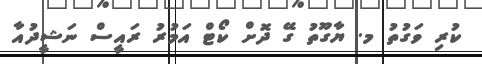
ކުރި ވަގުތު މ. ޔާގޫތު ގޭ ދޮށް ކޯޓް އަމުރު ރައީސް ނަޝީދުއާ